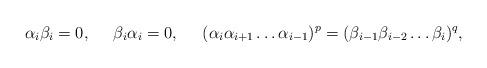
LaTeX: \begin{align*}&& \alpha_i \beta_i &= 0, & \beta_i \alpha_i &= 0, & (\alpha_i \alpha_{i+1} \dots \alpha_{i-1})^p &= (\beta_{i-1} \beta_{i-2} \dots \beta_{i})^q, &&\end{align*}